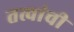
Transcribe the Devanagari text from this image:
तत्वांची